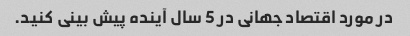
در مورد اقتصاد جهانی در 5 سال آینده پیش بینی کنید.